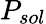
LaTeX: P_{sol}